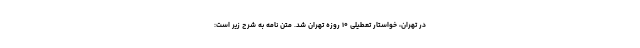
در تهران، خواستار تعطیلی ۱۰ روزه تهران شد. متن نامه به شرح زیر است: